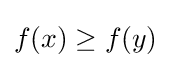
f(x)\geq f(y)